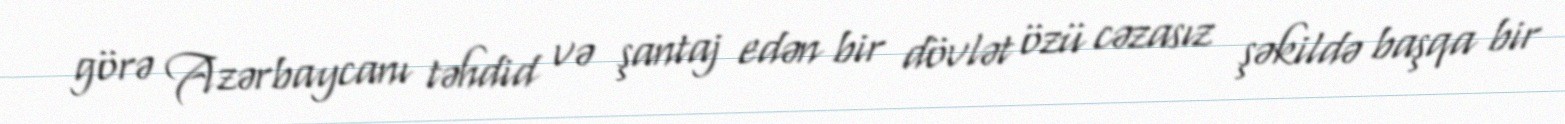
görə Azərbaycanı təhdid və şantaj edən bir dövlət özü cəzasız şəkildə başqa bir